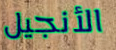
الأنجيل